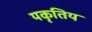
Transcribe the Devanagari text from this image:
यकृतिय